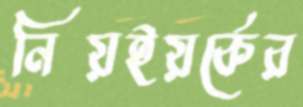
নিয়ইয়র্কের